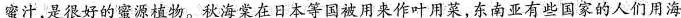
蜜汁，是很好的蜜源植物。秋海棠在日本等国被用来作叶用菜，东南亚有些国家的人们用海